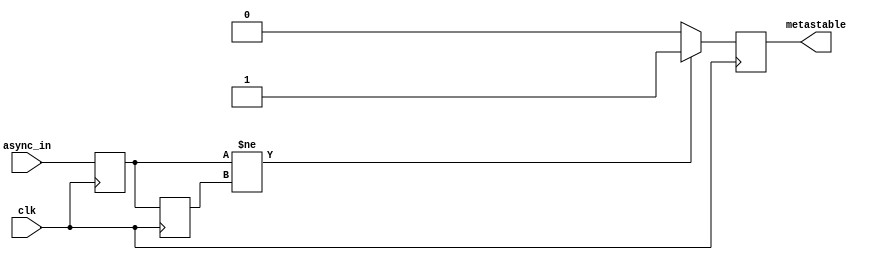
module metastability_detector (
    input wire clk,            // Clock signal
    input wire async_in,      // Asynchronous input signal
    output reg metastable      // Metastability output signal
);

// Internal signals for flip-flop outputs
reg ff1_out;                // Output of the first flip-flop
reg ff2_out;                // Output of the second flip-flop

// Flip-flop for sampling the asynchronous input
always @(posedge clk) begin
    ff1_out <= async_in;    // Sample async input at rising edge of clk
end

// Flip-flop for capturing the output of the first flip-flop
always @(posedge clk) begin
    ff2_out <= ff1_out;      // Sample output of the first flip-flop
end

// Metastability detection logic
always @(posedge clk) begin
    // Check if the output of the first flip-flop has changed
    if (ff1_out != ff2_out) begin
        metastable <= 1'b1;   // Indicate metastability detected
    end else begin
        metastable <= 1'b0;   // Indicate stable output
    end
end

// Initial reset state (optional, can be included in a testbench)
initial begin
    metastable = 1'b0;       // Initialize metastability output
end

endmodule